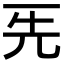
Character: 𠀡